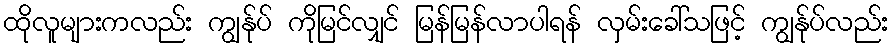
ထိုလူများကလည်း ကျွန်ုပ် ကိုမြင်လျှင် မြန်မြန်လာပါရန် လှမ်းခေါ်သဖြင့် ကျွန်ုပ်လည်း